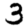
Digit: 3